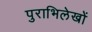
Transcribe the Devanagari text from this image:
पुराभिलेखों